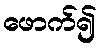
ဖောက်၍